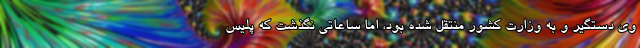
وی دستگیر و به وزارت کشور منتقل شده بود، اما ساعاتی نگذشت که پلیس